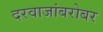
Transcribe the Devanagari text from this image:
दरवाजांबरोबर